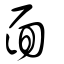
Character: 面